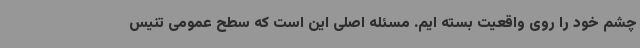
چشم خود را روی واقعیت بسته ایم. مسئله اصلی این است که سطح عمومی تنیس